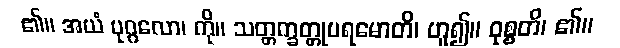
၏။ အယံ ပုဂ္ဂလော၊ ကို။ သတ္တက္ခတ္တုပရမောတိ၊ ဟူ၍။ ဝုစ္စတိ၊ ၏။